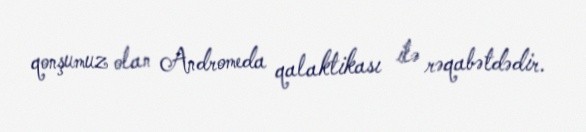
qonşumuz olan Andromeda qalaktikası ilə rəqabətdədir.